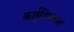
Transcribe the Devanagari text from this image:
कर्तृविश्वम्भरं